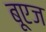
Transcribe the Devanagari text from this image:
बूएज